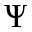
\Psi